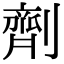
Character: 劑